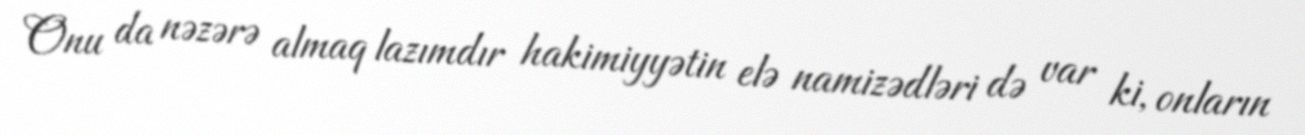
Onu da nəzərə almaq lazımdır hakimiyyətin elə namizədləri də var ki, onların